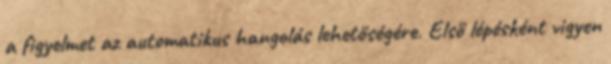
a figyelmet az automatikus hangolás lehetőségére. Első lépésként vigyen